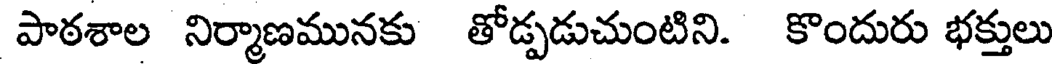
పాఠశాల నిర్మాణమునకు తోడ్పడుచుంటిని. కొందురు భక్తులు